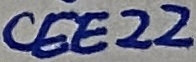
Text: CEE22